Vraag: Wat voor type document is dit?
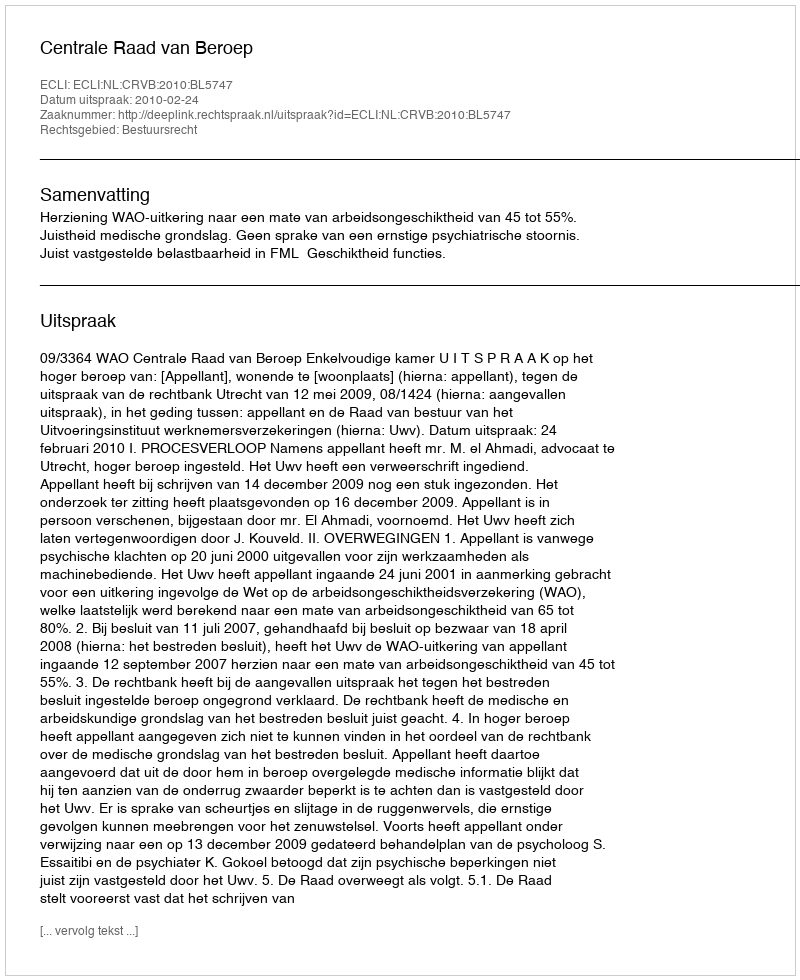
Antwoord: Uitspraak